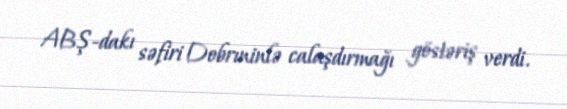
ABŞ-dakı səfiri Dobrıninlə calaşdırmağı göstəriş verdi.